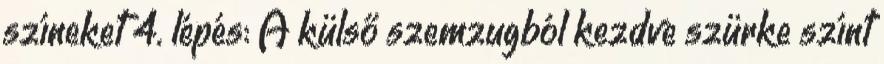
színeket 4. lépés: A külső szemzugból kezdve szürke színt